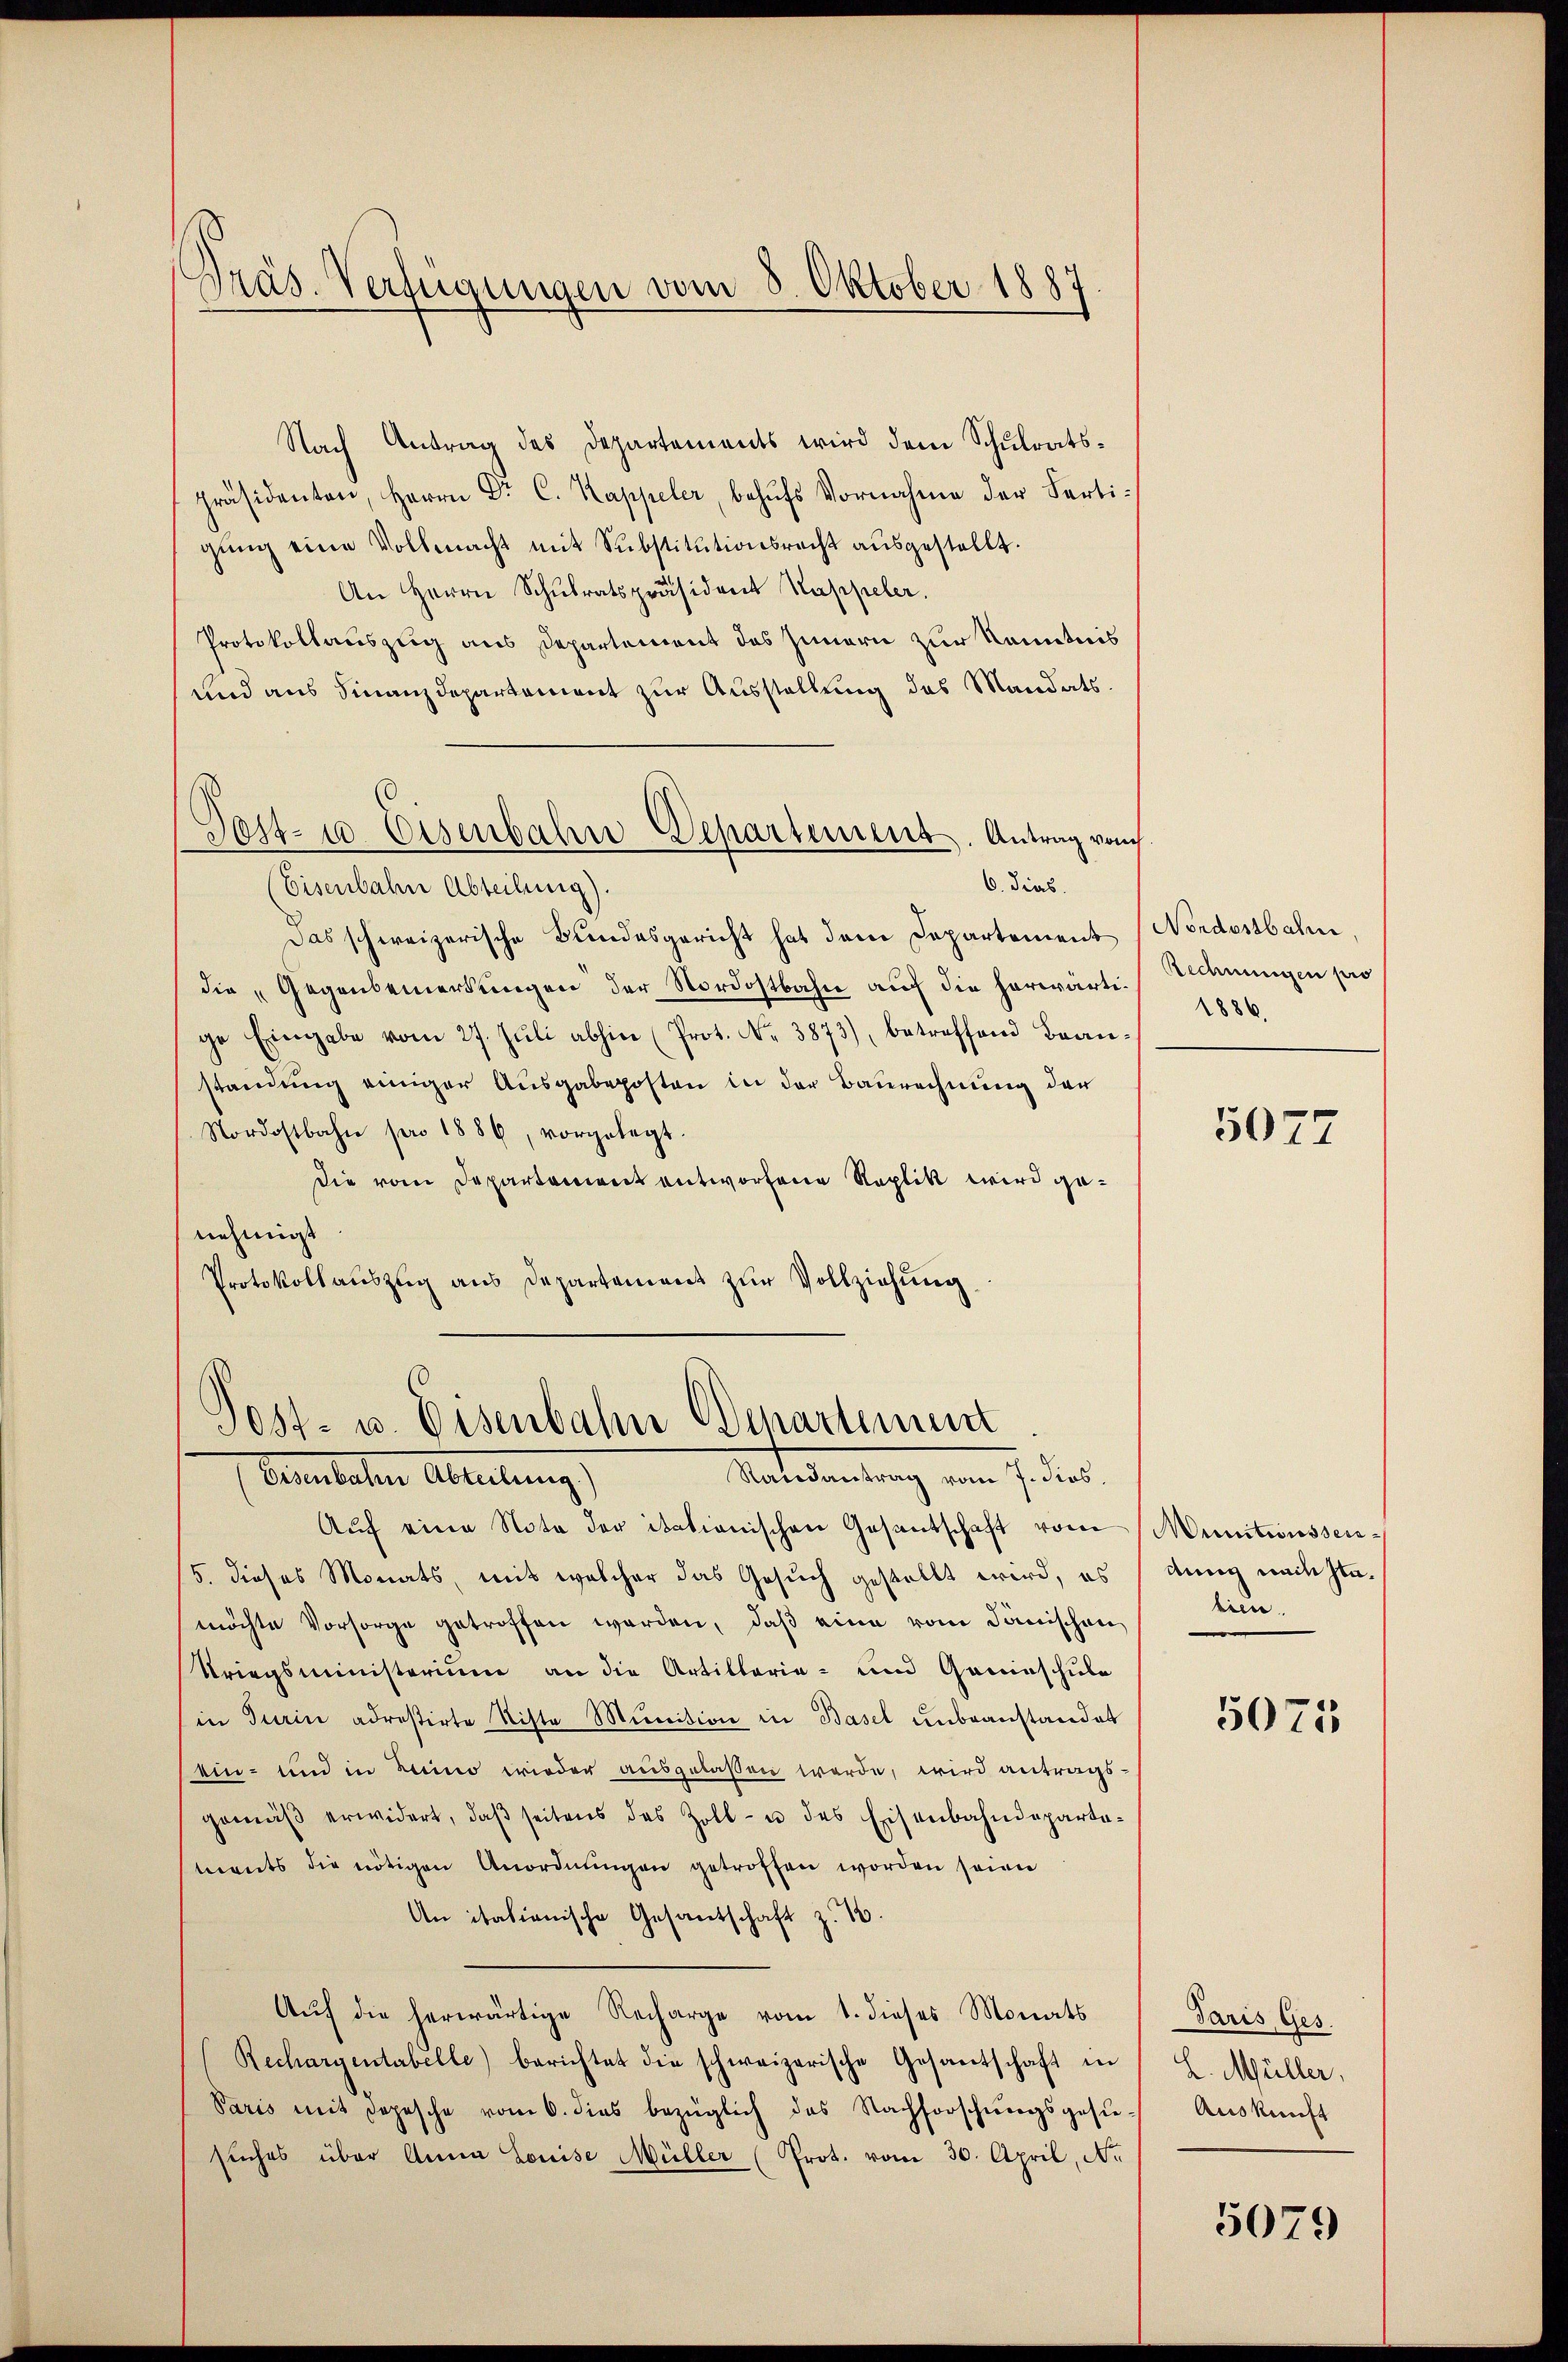
Dräs. Verfügungen vom 3. Oktober 1887

Nach Antrag des Departements wird dem Schulrats¬
Präsidenten, Herrn Dr. C. Kappeler, behŭfs Vornahme der Fertigŭng eine Vollmacht mit Substitutionsrecht aŭsgestellt.
An Herrn Schŭlratspräsident Kappeler.
Protokollauszug aus Departement des Innern zur Kenntnis
und aus Finanzdepartement zur Ausstellung des Mandats¬
Das schweizerische Bundesgericht hat dem Departement (Nordostbahn,
die „Gegenbemerkungen der Nordostbahn auf die herwärtige Eingabe vom 27. Jŭli abhin (Prot. N. 3873), betreffend Bran-
standung einiger Ausgabeposten in der Baurechnung der
Nordostbahn pro 1886, vorgelegt.
Die vom Departement entworfene Raplik wird genehmigt
Protokollauszug aus Departement zŭr Vollziehung.

Aŭf eine Nota der itationischen Gesantschaft vom Munitionssei¬
5. dieses Monats, mit welcher das Gesuch gestellt wird, es
möchte Vorsorge getroffen werden, daß eine vom dänischen
Kriegsministerium an die Artillarie- und Gaminschule
in Turin adrestirte Sista Munition in Basel unbeanstandet
ein- und in Luino wieder ausgelassen werde, wird antragsgemäβ erwidert, daβ seitens des Zoll- u des Eisenbahndepartements die nötigen Anordnŭngen getroffen worden seien
An italienische Gesandschaft z. 10.
Auf die herwärtige Recharge vom 1. dieses Monats
Rechargentabelle) berichtet die schweizerische Gesantschaft in
Paris mit Depesche vom 6. dies bezüglich das Nachforschungsgesie
suches über Anna Louise Müller (Prot. vom 30. April, No

Post- u Eisenbahn-Departement. Antrag vom
6. dies.
(Eisenbahn Abteilung).

Post- u. Eisenbahn Departement
Raisantrag vom 7. Jos.
bebeten Abteilungs

Rechnungen pro
1886.

5077

Anna wach stakun

5075

Paris, Ges.
L. Müller,
Auskunft

5079